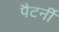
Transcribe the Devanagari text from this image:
पैटर्नी